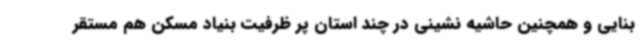
بنایی و همچنین حاشیه نشینی در چند استان پر ظرفیت بنیاد مسکن هم مستقر